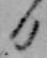
日